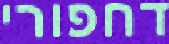
דחפורי